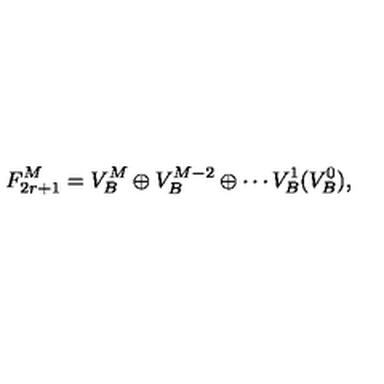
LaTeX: F _ { 2 r + 1 } ^ { M } = V _ { B } ^ { M } \oplus V _ { B } ^ { M - 2 } \oplus \cdots V _ { B } ^ { 1 } ( V _ { B } ^ { 0 } ) ,